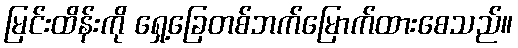
မြင်းထိန်းကို ရှေ့ခြေတစ်ဘက်မြောက်ထားစေသည်။